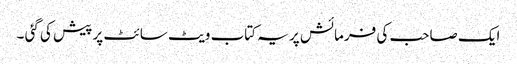
ایک صاحب کی فرمائش پر یہ کتاب ویٹ سائٹ پر پیش کی گئی ۔